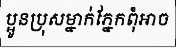
ប្អូនប្រុសម្នាក់ភ្នែកពុំអាច